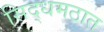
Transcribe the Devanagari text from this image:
सिद्धमठात